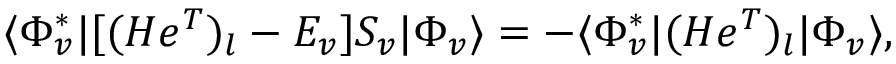
\begin{array} { r } { \langle \Phi _ { v } ^ { * } | [ ( H e ^ { T } ) _ { l } - E _ { v } ] S _ { v } | \Phi _ { v } \rangle = - \langle \Phi _ { v } ^ { * } | ( H e ^ { T } ) _ { l } | \Phi _ { v } \rangle , } \end{array}